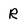
Character: R